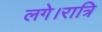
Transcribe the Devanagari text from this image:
लगे।रात्रि